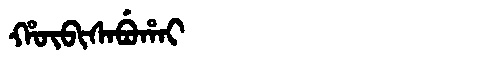
Manchu: ᡥᡡᠪᡳᠰᠠᠪᡠᡥᠠᡳ
Romanization: HŪBISABUHAI